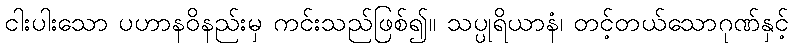
ငါးပါးသော ပဟာနဝိနည်းမှ ကင်းသည်ဖြစ်၍။ သပ္ပုရိယာနံ၊ တင့်တယ်သောဂုဏ်နှင့်